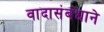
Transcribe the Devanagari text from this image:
वादासंबंधाने